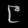
Digit: ၉